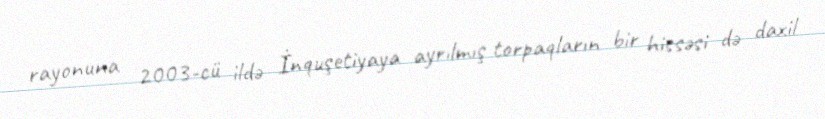
rayonuna 2003-cü ildə İnquşetiyaya ayrılmış torpaqların bir hissəsi də daxil